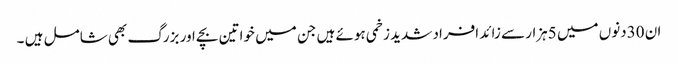
ان 30دنوں میں 5ہزار سے زائد افراد شدید زخمی ہوئے ہیں جن میں خواتین بچے اور بزرگ بھی شامل ہیں ۔